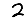
Digit: 2